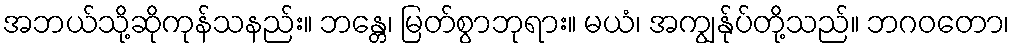
အဘယ်သို့ဆိုကုန်သနည်း။ ဘန္တေ၊ မြတ်စွာဘုရား။ မယံ၊ အကျွန်ုပ်တို့သည်။ ဘဂဝတော၊